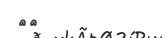
٦٩